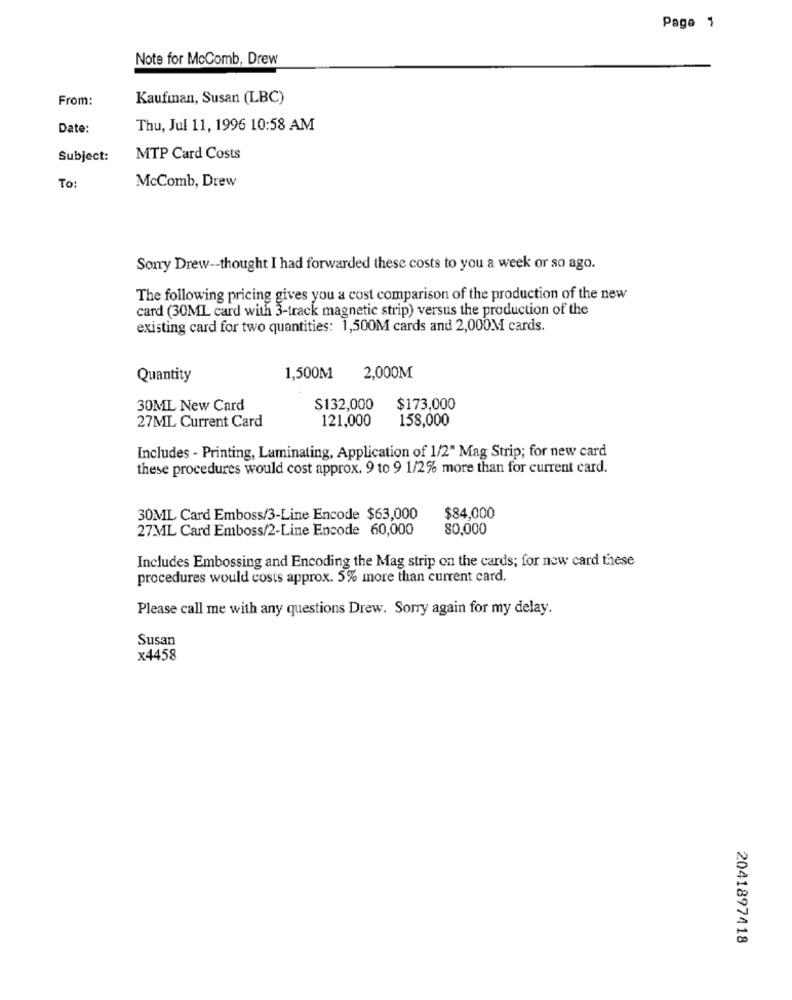
Page 1
Note for McComb, Drew
From:
Kaufman, Susan (LBC)
Date:
Thu, Jul 11, 1996 10:58 AM
Subject:
MTP Card Costs
McComb, Drew
To:
Sorry Drew -- thought I had forwarded these costs to you a week or so ago.
The following pricing gives you a cost comparison of the production of the new
card (30ML card with 3-track magnetic strip) versus the production of the
existing card for two quantities: 1,500M cards and 2,000M cards.
Quantity
1,500M
2,000M
30ML New Card
$132,000
$173,000
27ML Current Card
121,000
158,000
Includes - Printing, Laminating, Application of 1/2" Mag Strip; for new card
these procedures would cost approx. 9 to 9 1/2% more than for current card.
30ML Card Emboss/3-Line Encode $63,000
$84,000
27ML Card Emboss/2-Line Encode 60,000
80,000
Includes Embossing and Encoding the Mag strip on the cards; for new card these
procedures would costs approx. 5% more than current card.
Please call me with any questions Drew. Sorry again for my delay.
Susan
x4458
2041897418